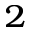
^ 2